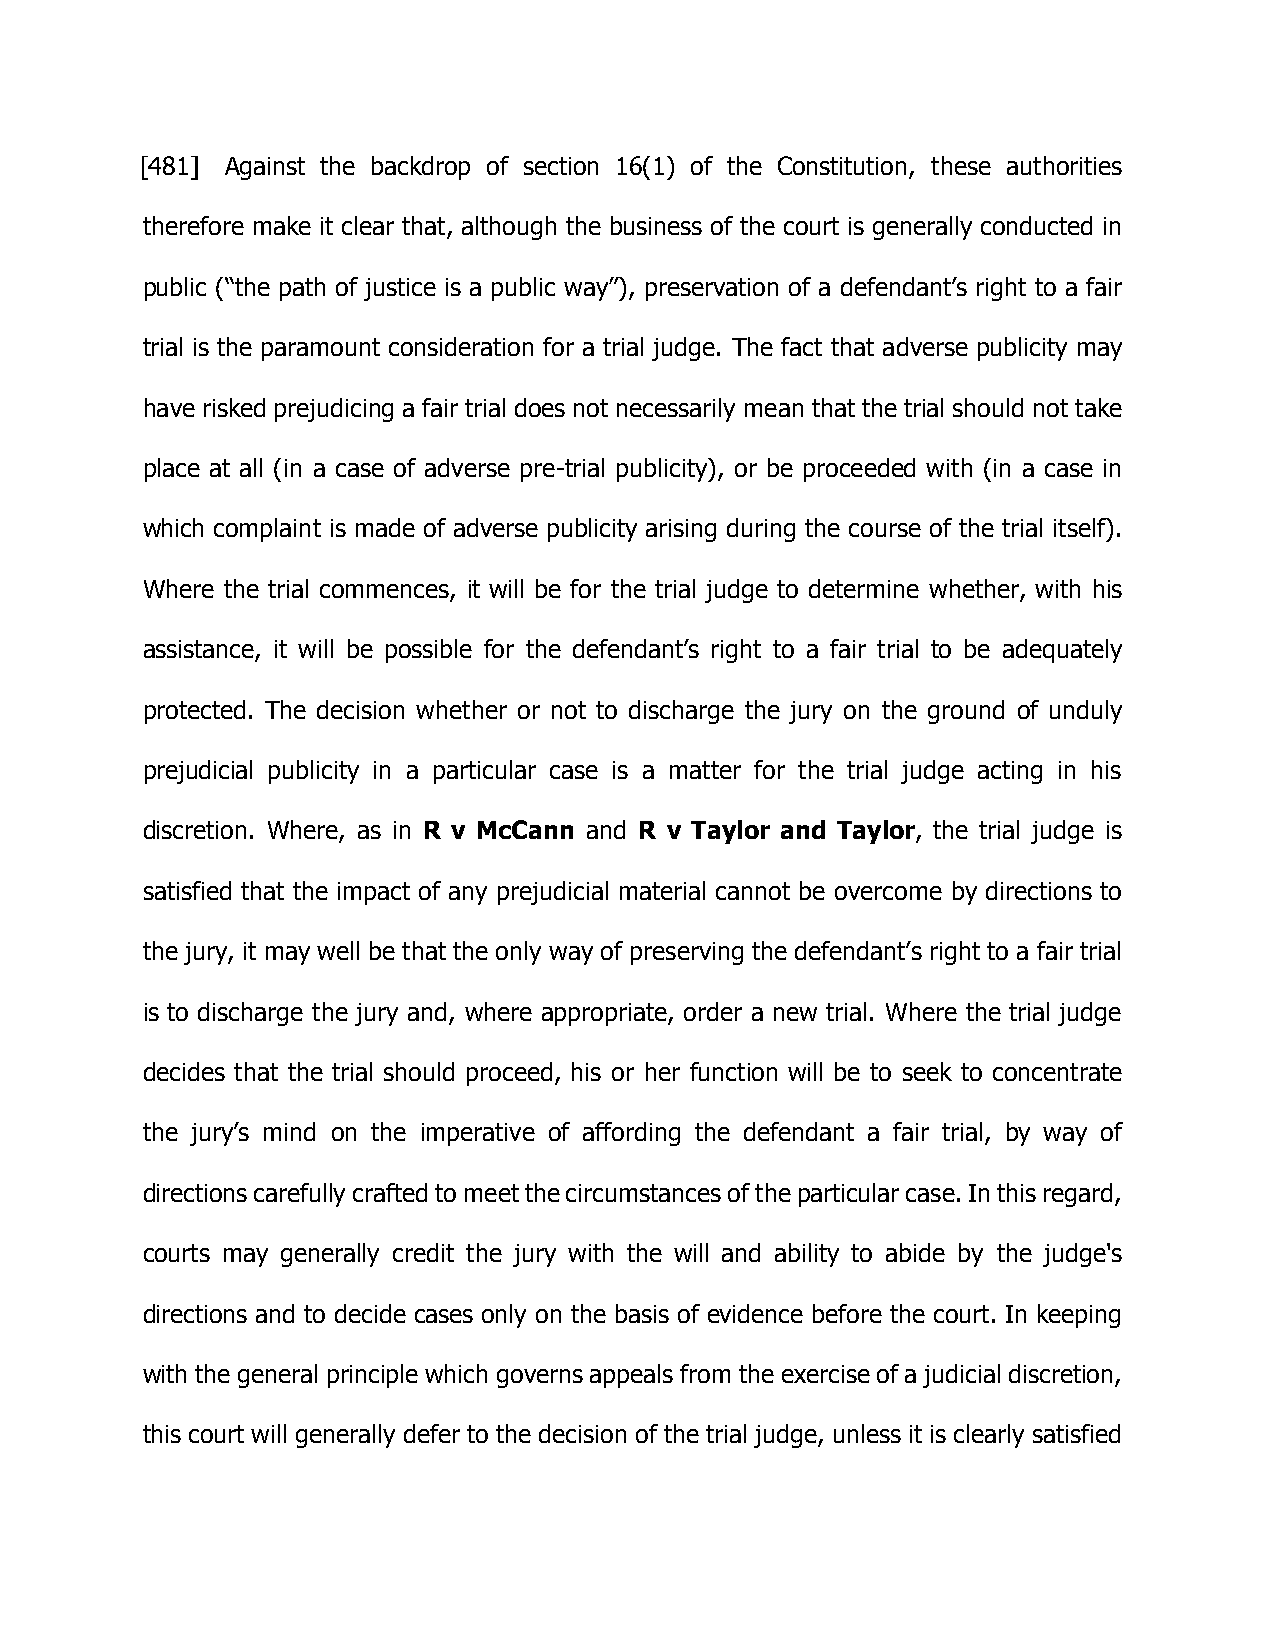
[481] Against the backdrop of section 16(1) of the Constitution, these authorities
 therefore make it clear that, although the business of the court is generally conducted in
 public (“the path of justice is a public way”), preservation of a defendant’s right to a fair
 trial is the paramount consideration for a trial judge. The fact that adverse publicity may
 have risked prejudicing a fair trial does not necessarily mean that the trial should not take
 place at all (in a case of adverse pre-trial publicity), or be proceeded with (in a case in
 which complaint is made of adverse publicity arising during the course of the trial itself).
 Where the trial commences, it will be for the trial judge to determine whether, with his
 assistance, it will be possible for the defendant’s right to a fair trial to be adequately
 protected. The decision whether or not to discharge the jury on the ground of unduly
 prejudicial publicity in a particular case is a matter for the trial judge acting in his
 discretion. Where, as in R v McCann and R v Taylor and Taylor, the trial judge is
 satisfied that the impact of any prejudicial material cannot be overcome by directions to
 the jury, it may well be that the only way of preserving the defendant’s right to a fair trial
 is to discharge the jury and, where appropriate, order a new trial. Where the trial judge
 decides that the trial should proceed, his or her function will be to seek to concentrate
 the jury’s mind on the imperative of affording the defendant a fair trial, by way of
 directions carefully crafted to meet the circumstances of the particular case. In this regard,
 courts may generally credit the jury with the will and ability to abide by the judge's
 directions and to decide cases only on the basis of evidence before the court. In keeping
 with the general principle which governs appeals from the exercise of a judicial discretion,
 this court will generally defer to the decision of the trial judge, unless it is clearly satisfied